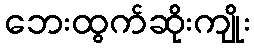
ဘေးထွက်ဆိုးကျိုး